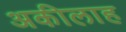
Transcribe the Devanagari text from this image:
अकीलाह